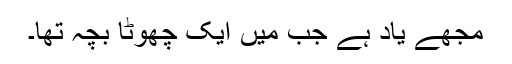
مجھے یاد ہے جب میں ایک چھوٹا بچہ تھا۔